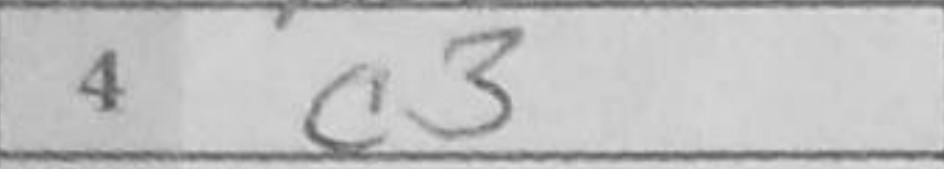
Transcription: c3